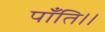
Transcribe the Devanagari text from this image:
पाँति।।